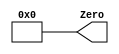
// Copyright (C) 2018  Intel Corporation. All rights reserved.
// Your use of Intel Corporation's design tools, logic functions 
// and other software and tools, and its AMPP partner logic 
// functions, and any output files from any of the foregoing 
// (including device programming or simulation files), and any 
// associated documentation or information are expressly subject 
// to the terms and conditions of the Intel Program License 
// Subscription Agreement, the Intel Quartus Prime License Agreement,
// the Intel FPGA IP License Agreement, or other applicable license
// agreement, including, without limitation, that your use is for
// the sole purpose of programming logic devices manufactured by
// Intel and sold by Intel or its authorized distributors.  Please
// refer to the applicable agreement for further details.

// PROGRAM		"Quartus Prime"
// VERSION		"Version 18.1.0 Build 625 09/12/2018 SJ Lite Edition"
// CREATED		"Tue Nov 17 22:10:48 2020"

module Zero(
	Zero
);


output wire	[31:0] Zero;

wire	[31:0] Zero_ALTERA_SYNTHESIZED;




































assign	Zero = Zero_ALTERA_SYNTHESIZED;
assign	Zero_ALTERA_SYNTHESIZED[0] = 0;
assign	Zero_ALTERA_SYNTHESIZED[1] = 0;
assign	Zero_ALTERA_SYNTHESIZED[2] = 0;
assign	Zero_ALTERA_SYNTHESIZED[3] = 0;
assign	Zero_ALTERA_SYNTHESIZED[4] = 0;
assign	Zero_ALTERA_SYNTHESIZED[5] = 0;
assign	Zero_ALTERA_SYNTHESIZED[6] = 0;
assign	Zero_ALTERA_SYNTHESIZED[7] = 0;
assign	Zero_ALTERA_SYNTHESIZED[8] = 0;
assign	Zero_ALTERA_SYNTHESIZED[9] = 0;
assign	Zero_ALTERA_SYNTHESIZED[10] = 0;
assign	Zero_ALTERA_SYNTHESIZED[11] = 0;
assign	Zero_ALTERA_SYNTHESIZED[12] = 0;
assign	Zero_ALTERA_SYNTHESIZED[13] = 0;
assign	Zero_ALTERA_SYNTHESIZED[14] = 0;
assign	Zero_ALTERA_SYNTHESIZED[15] = 0;
assign	Zero_ALTERA_SYNTHESIZED[16] = 0;
assign	Zero_ALTERA_SYNTHESIZED[31] = 0;
assign	Zero_ALTERA_SYNTHESIZED[30] = 0;
assign	Zero_ALTERA_SYNTHESIZED[29] = 0;
assign	Zero_ALTERA_SYNTHESIZED[28] = 0;
assign	Zero_ALTERA_SYNTHESIZED[27] = 0;
assign	Zero_ALTERA_SYNTHESIZED[26] = 0;
assign	Zero_ALTERA_SYNTHESIZED[25] = 0;
assign	Zero_ALTERA_SYNTHESIZED[24] = 0;
assign	Zero_ALTERA_SYNTHESIZED[23] = 0;
assign	Zero_ALTERA_SYNTHESIZED[22] = 0;
assign	Zero_ALTERA_SYNTHESIZED[21] = 0;
assign	Zero_ALTERA_SYNTHESIZED[20] = 0;
assign	Zero_ALTERA_SYNTHESIZED[19] = 0;
assign	Zero_ALTERA_SYNTHESIZED[18] = 0;
assign	Zero_ALTERA_SYNTHESIZED[17] = 0;

endmodule